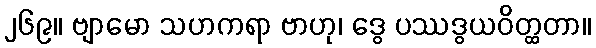
၂၆၉။ ဗျာမော သဟကရာ ဗာဟု၊ ဒွေ ပဿဒွယဝိတ္ထတာ။